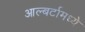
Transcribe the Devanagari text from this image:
आल्बर्टामध्ये